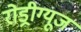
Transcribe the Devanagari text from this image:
रोड्रीग्यूज